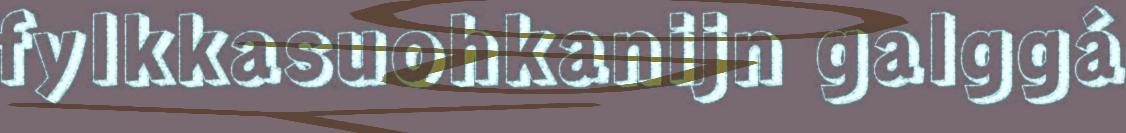
fylkkasuohkanijn galggá